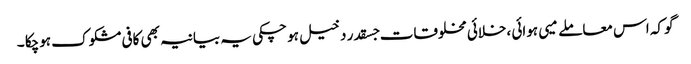
گو کہ اس معاملے میی ہوائی ،خلائی مخلوقات جسقدر دخیل ہو چکی یہ بیانیہ بھی کافی مشکوک ہوچکا ۔